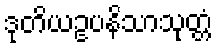
ဒုတိယဥပနိသာသုတ္တံ